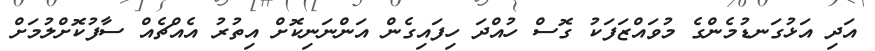
އަދި އަޅުގަނޑުމެންގެ މުވައްޒަފަކު ގޮސް ހުއްދަ ހިފައިގެން އަންނަނިކޮށް އިތުރު އެއްޗެއް ސާފުކޮށްލުމަށް